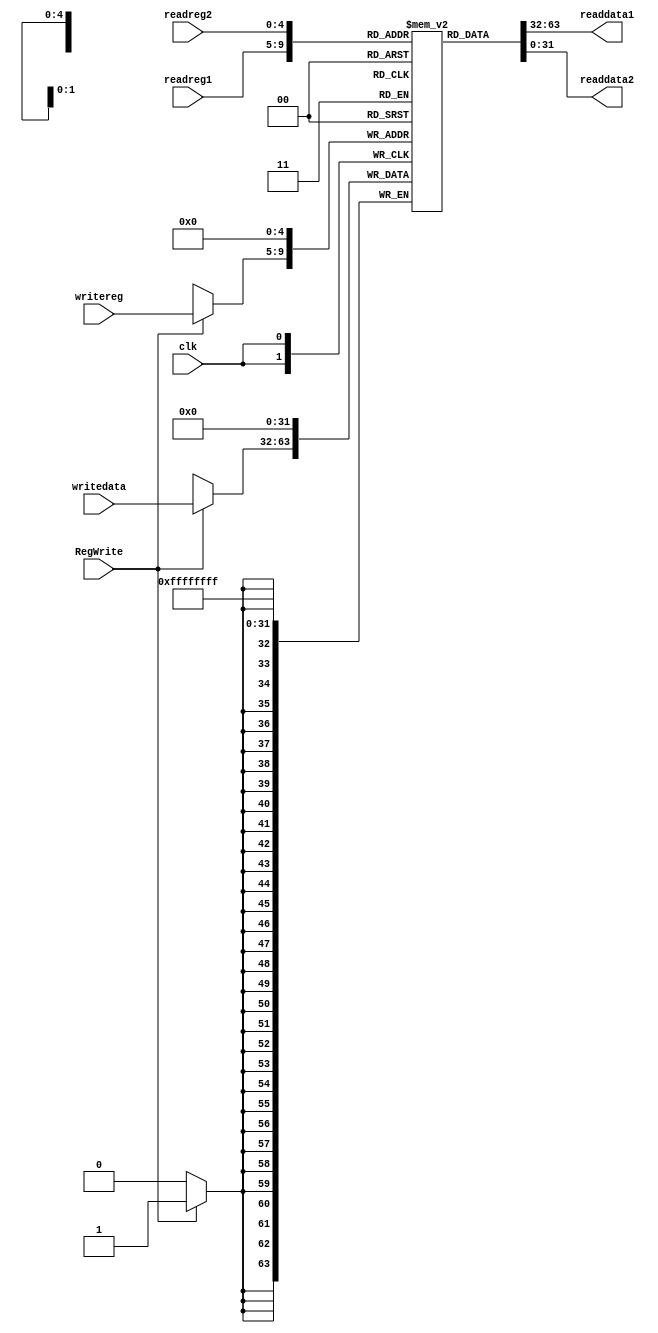
module RegFile (clk, readreg1, readreg2, writereg, writedata, RegWrite, readdata1, readdata2);
  input [4:0] readreg1, readreg2, writereg;
  input [31:0] writedata;
  input clk, RegWrite;
  output [31:0] readdata1, readdata2;

  reg [31:0] regfile [31:0];
  initial
  begin
	regfile[10] = 10;
	regfile[0]  = 0;
	regfile[30] = 32'hFFFF;
	regfile[31] = 32'h0000;
	regfile[29] = 32'h0000;
  end
 
  always @(posedge clk)
  begin
    regfile[0]=0;
		  	if (RegWrite) 
	 				regfile[writereg] = writedata;
  end

  assign readdata1 = regfile[readreg1];
  assign readdata2 = regfile[readreg2];
endmodule